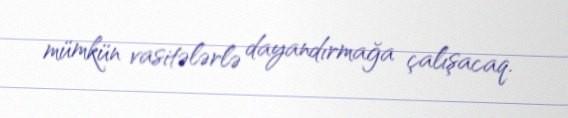
mümkün vasitələrlə dayandırmağa çalışacaq.